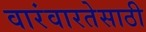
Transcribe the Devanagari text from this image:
वारंवारतेसाठी